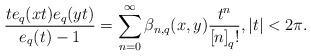
LaTeX: \begin{align*}\frac{te_{q}(xt)e_{q}(yt)}{e_{q}(t)-1}=\sum_{n=0}^{\infty}\mathit{\beta}_{n,q}(x,y)\frac{t^{n}}{\left[ n\right] _{q}!},\left\vert t\right\vert <2\pi.\end{align*}